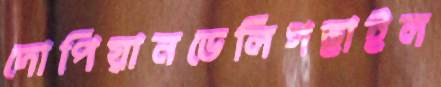
দোপিয়ানডেলিগছাইল